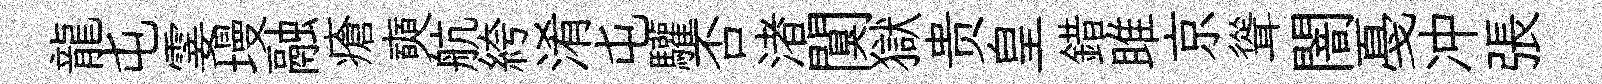
龍屯霎墁融瘡奭航絝淆屯驩否渚闃獄贵皇錯雎京聳闇戞冲張